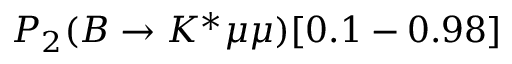
P _ { 2 } ( B \to K ^ { * } \mu \mu ) [ 0 . 1 - 0 . 9 8 ]